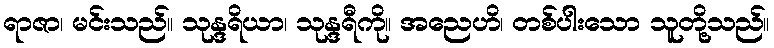
ရာဇာ၊ မင်းသည်။ သုန္ဒရိယာ၊ သုန္ဒရီကို။ အညေဟိ၊ တစ်ပါးသော သူတို့သည်။